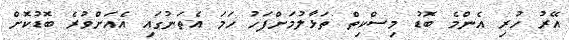
އޭރު ހުރި އެންމެ ބޮޑު މިސްކިތް ތަޅާލުމަށްފަހު ހަމަ އެތަނުގައި އެއަށްވުރެ ބޮޑުކޮށް